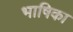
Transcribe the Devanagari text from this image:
भाषिका